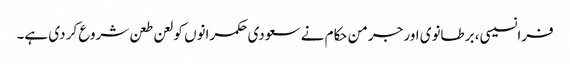
فرانسیسی، برطانوی اور جرمن حکام نے سعودی حکمرانوں کو لعن طعن شروع کر دی ہے۔